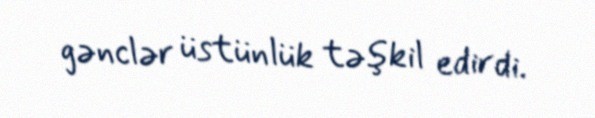
gənclər üstünlük təşkil edirdi.